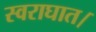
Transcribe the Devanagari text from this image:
स्वराघात।